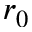
r _ { 0 }